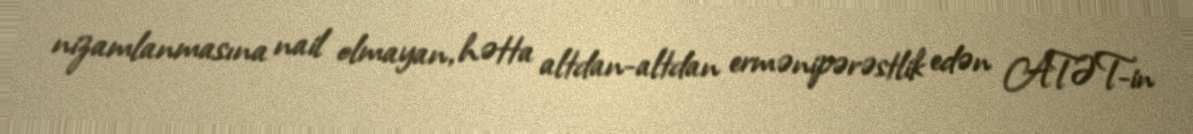
nizamlanmasına nail olmayan, hətta altdan-altdan ermənipərəstlik edən ATƏT-in